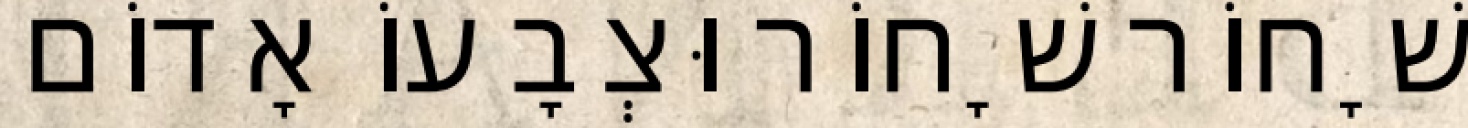
שָׁחוֹר שָׁחוֹר וּצְבָעוֹ אָדוֹם